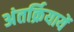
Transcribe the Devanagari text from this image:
अंतर्क्रियायें